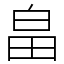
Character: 畠